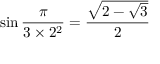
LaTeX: \sin { \frac { \pi } { 3 \times 2 ^ { 2 } } } = { \frac { \sqrt { 2 - { \sqrt { 3 } } } } { 2 } }